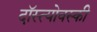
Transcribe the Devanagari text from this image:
दॉस्त्योवस्की